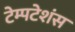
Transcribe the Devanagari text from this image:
टेम्पटेशंस